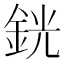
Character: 銧